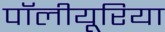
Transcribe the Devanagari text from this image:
पॉलीयूरिया